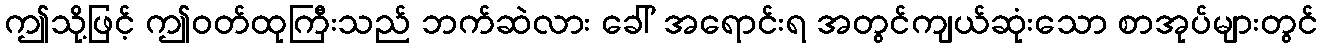
ဤသို့ဖြင့် ဤဝတ်ထုကြီးသည် ဘက်ဆဲလား ခေါ် အရောင်းရ အတွင်ကျယ်ဆုံးသော စာအုပ်များတွင်